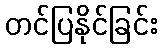
တင်ပြနိုင်ခြင်း